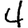
Digit: 4